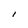
Character: I